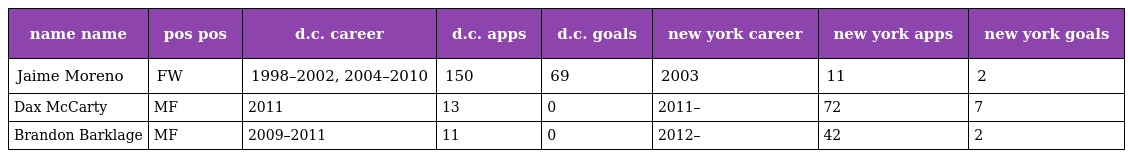
| name name | pos pos | d.c. career | d.c. apps | d.c. goals | new york career | new york apps | new york goals |
 | --- | --- | --- | --- | --- | --- | --- | --- |
 | Jaime Moreno | FW | 1998–2002, 2004–2010 | 150 | 69 | 2003 | 11 | 2 |
 | Dax McCarty | MF | 2011 | 13 | 0 | 2011– | 72 | 7 |
 | Brandon Barklage | MF | 2009–2011 | 11 | 0 | 2012– | 42 | 2 |